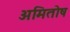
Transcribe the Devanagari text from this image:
अमितोष